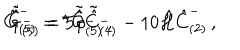
LaTeX: \hat { G } _ { ( 5 ) } ^ { - } = { } ^ { \star } \tilde { \hat { G } } { } _ { ( 5 ) } ^ { - } \, , \hspace { 1 c m } \tilde { \hat { G } } { } _ { ( 5 ) } ^ { - } = 5 \partial \tilde { \hat { C } } { } _ { ( 4 ) } ^ { - } - 1 0 \hat { \cal H } \hat { C } _ { ( 2 ) } ^ { - } \, ,